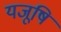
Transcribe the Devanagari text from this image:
यजूषि